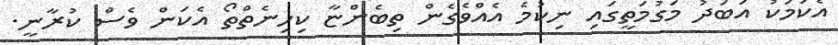
އެކަމަކު އަބަދު މަގުމަތީގައި ނިކުމެ އެއްވެގެން ތިބެންޏާ ކިހިނެތްތޯ އެކަން ވެސް ކުރާނީ.